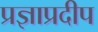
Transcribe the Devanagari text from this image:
प्रज्ञाप्रदीप